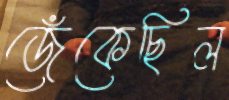
জেঁকেছিল